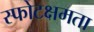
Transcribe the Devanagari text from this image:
स्फोटक्षमता